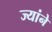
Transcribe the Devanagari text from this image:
ज्यांने